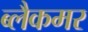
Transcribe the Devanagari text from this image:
ब्लैकमर